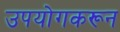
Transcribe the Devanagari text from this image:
उपयोगकरून